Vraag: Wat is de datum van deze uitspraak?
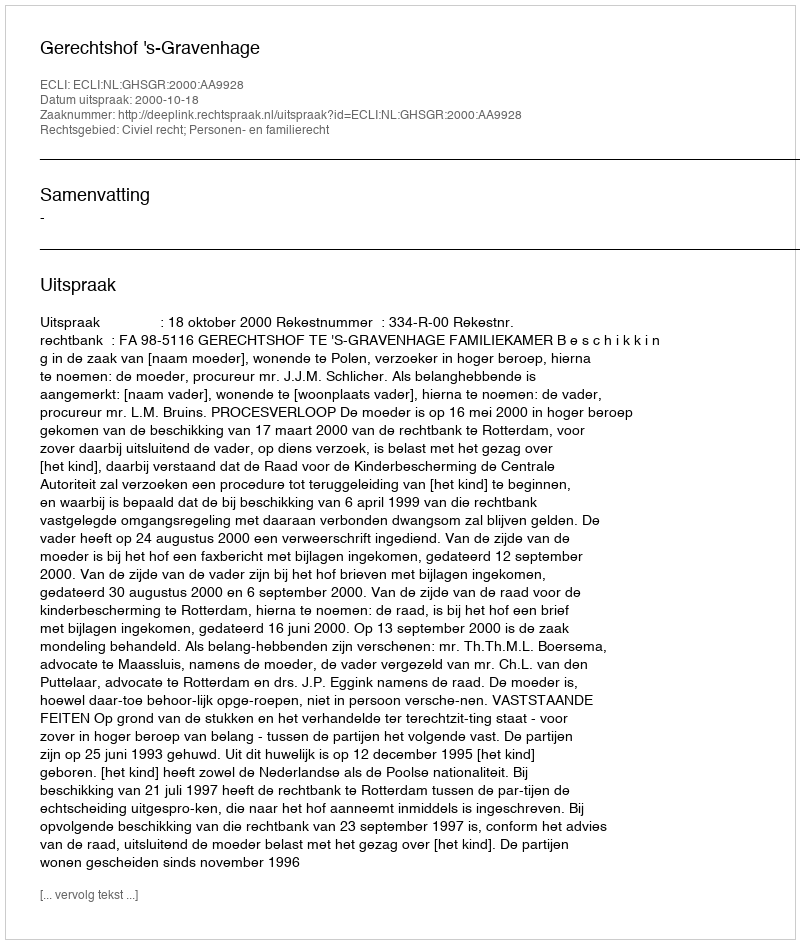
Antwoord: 2000-10-18